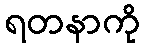
ရတနာကို